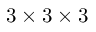
3 \times 3 \times 3